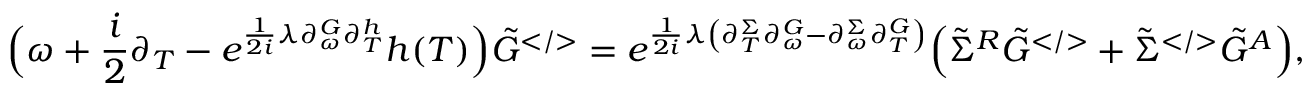
\Big ( \omega + \frac { i } { 2 } \partial _ { T } - e ^ { \frac { 1 } { 2 i } \lambda \partial _ { \omega } ^ { G } \partial _ { T } ^ { h } } h ( T ) \Big ) \tilde { G } ^ { < / > } = e ^ { \frac { 1 } { 2 i } \lambda \left( \partial _ { T } ^ { \Sigma } \partial _ { \omega } ^ { G } - \partial _ { \omega } ^ { \Sigma } \partial _ { T } ^ { G } \right) } \Big ( \tilde { \Sigma } ^ { R } \tilde { G } ^ { < / > } + \tilde { \Sigma } ^ { < / > } \tilde { G } ^ { A } \Big ) ,